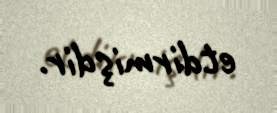
etdirmişdir.